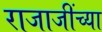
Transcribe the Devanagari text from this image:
राजाजींच्या